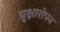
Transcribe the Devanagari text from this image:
वृक्षारोपन